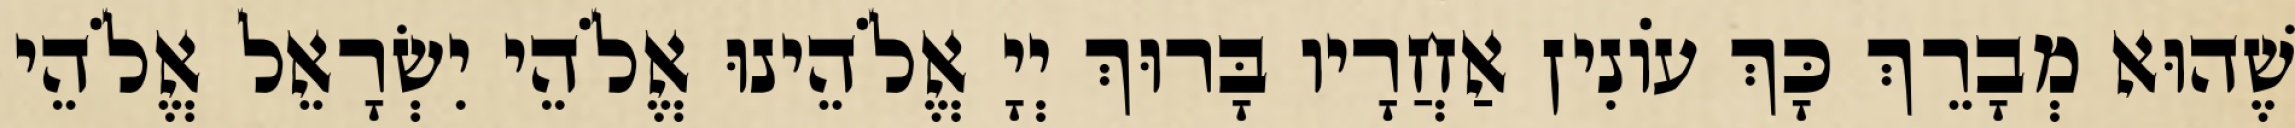
שֶׁהוּא מְבָרֵךְ כָּךְ עוֹנִין אַחֲרָיו בָּרוּךְ יְיָ אֱלֹהֵינוּ אֱלֹהֵי יִשְׂרָאֵל אֱלֹהֵי